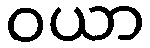
ဝယာ